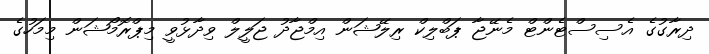
ދިރާގުގެ އެސިސްޓެންޓް މެނޭޖާ ޕަބްލިކް ރިލޭޝަން އިމްޖާދު ޖަލީލް ވިދާޅުވީ މިޕްރޮމޯޝަން މިމަހުގެ